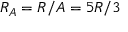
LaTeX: R _ { A } = R / A = 5 R / 3